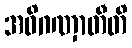
အဓိဂဏှာတီတိ